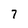
Character: 7